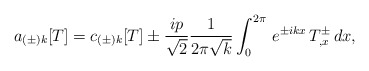
\begin{align*}a_{(\pm) k}[T] =c_{(\pm)k}[T] \pm {ip \over \sqrt{2}}{1\over2\pi\sqrt{k}}\int_{0}^{2\pi}\, e^{\pm ikx}\,T^{\pm}_{,x}\,dx ,\end{align*}